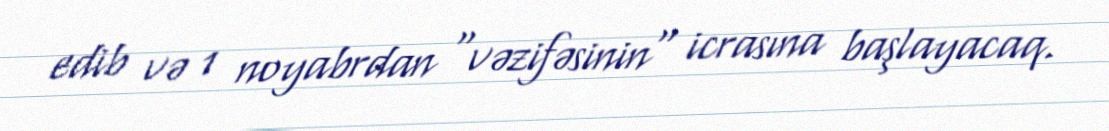
edib və 1 noyabrdan "vəzifəsinin" icrasına başlayacaq.